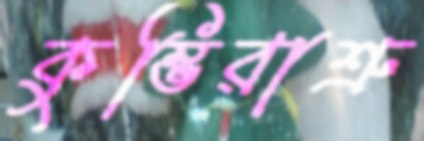
কুম্ভিরাশ্রু